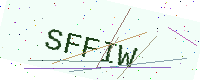
Text: SFFIW